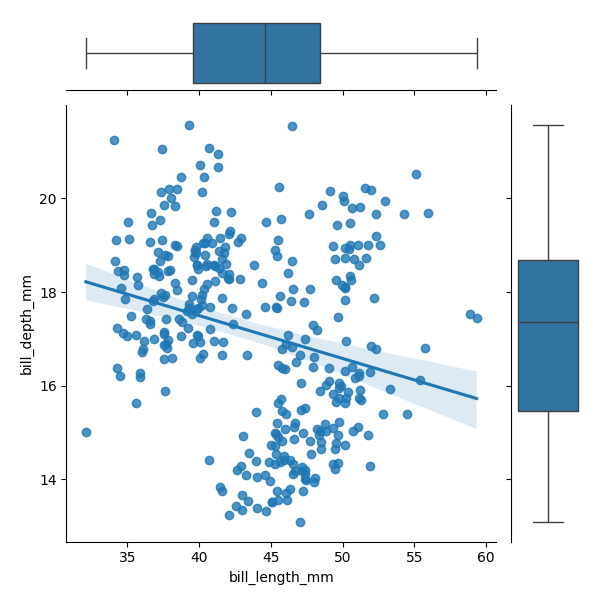
python, seaborn, JointGrid, regplot, boxplot